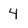
Character: 4